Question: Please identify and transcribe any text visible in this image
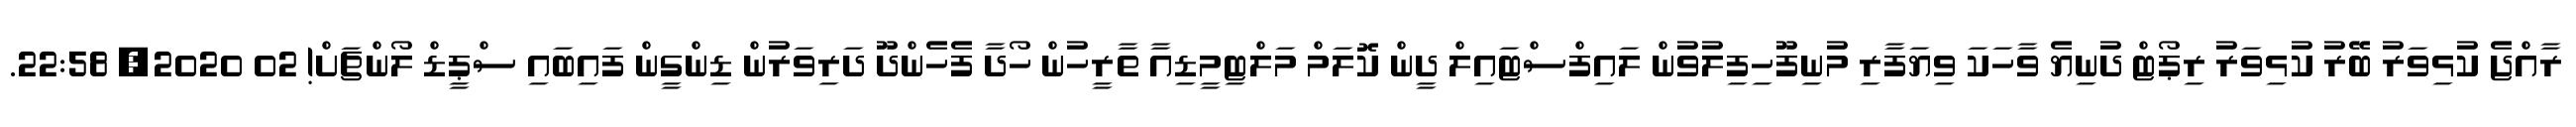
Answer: ރާއްޖެ ކުޅިވަރު ބޭރު ކުޅިވަރު ރިޕޯޓް ދުނިޔެ ވާހަކަ ވިޔަފާރި މުނިފޫހިފިލުވުން ލައިފްސްޓައިލް ދީން ކޮލަމް މަލްޓިމީޑިއާ ތާރީހުން ހޯދާ ފެހެންދޫ ދަރިވަރުން ޑިންގީން ފައިބައި ސްޕީޑް ލޯންޗަށް! 02 2020, 22:58.